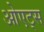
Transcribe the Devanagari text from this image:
ओएट्स